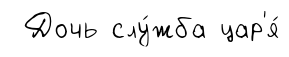
Дочь слу́жба цар'я́